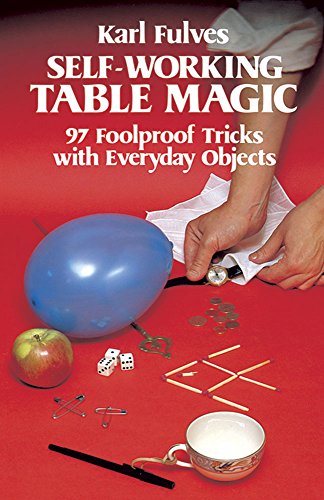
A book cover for Self-Working Table Magic: 97 Foolproof Tricks with Everyday Objects (Dover Magic Books); Karl Fulves; Humor & Entertainment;